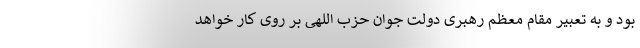
بود و به تعبیر مقام معظم رهبری دولت جوان حزب اللهی بر روی کار خواهد